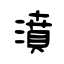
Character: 濆